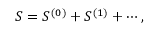
S = S ^ { ( 0 ) } + S ^ { ( 1 ) } + \cdots ,